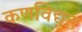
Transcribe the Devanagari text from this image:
कणविद्युत